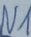
Text: N1